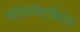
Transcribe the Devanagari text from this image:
सॉसफ्टवेयर